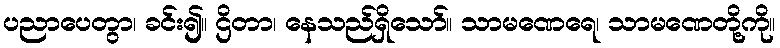
ပညာပေတွာ၊ ခင်း၍။ ဌိတာ၊ နေသည်ရှိသော်။ သာမဏေရေ၊ သာမဏေတို့ကို။